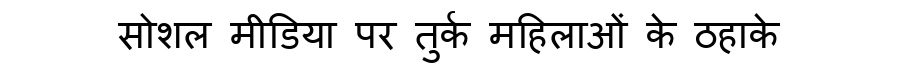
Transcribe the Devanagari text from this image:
सोशल मीडिया पर तुर्क महिलाओं के ठहाके